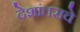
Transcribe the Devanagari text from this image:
देशांतराचे